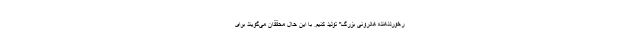
رخورددهندهٔ هادرونی بزرگ" تولید کنیم. با این حال محققان می‌گویند برای